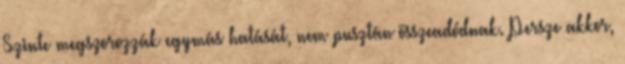
Szinte megszorozzák egymás hatását, nem pusztán összeadódnak. Persze akkor,